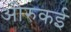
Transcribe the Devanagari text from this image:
ओरुकई